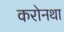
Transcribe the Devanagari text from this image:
करोनथा